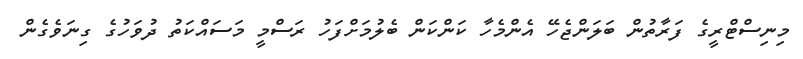
މިނިސްޓްރީގެ ފަރާތުން ބަލަންޖެހޭ އެންމެހާ ކަންކަން ބެލުމަށްފަހު ރަސްމީ މަސައްކަތު ދުވަހުގެ ގިނަވެގެން